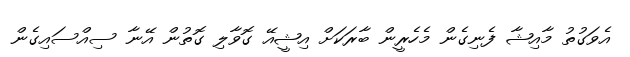
އެވަގުތު މާއިޝާ ފެނިގެން މެހެރީން ބާރަކަށް އިޝީއޭ ގޮވާލި ގޮތުން އޭނާ ސިއްސައިގެން